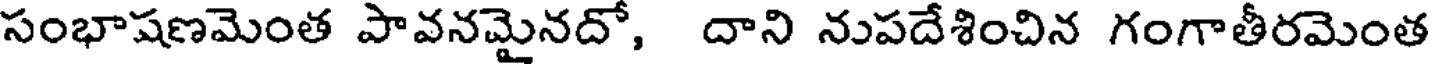
సంభాషణమెంత పావనమైనదో, దాని నుపదేశించిన గంగాతీరమెంత